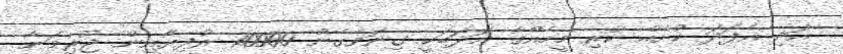
އަދި އެފަދަ ކުށެއް ކުރި މީހެއްގެ އަދަބަކީ ގިނަވެގެން 10000 ރުފިޔާއިން ޖޫރިމަނާ